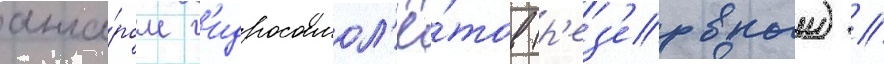
анга́ром г'идросамол'ё́тов (р'ез'ервныи) /